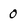
Character: 0